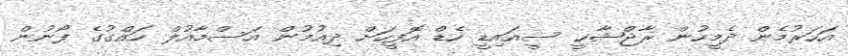
އަހަރުމެން ދެމީހުން ރާޖްޝާހީ ސީއައިޑީ ހެޑް އޮފީހަށް ދިއުމުން އަސްމާއުލް ހައްގުގެ ފޯނުން